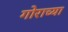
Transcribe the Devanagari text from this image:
गोराच्या